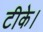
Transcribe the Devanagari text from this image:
टीके।